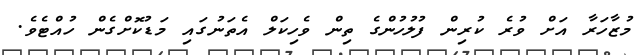
މުޒާހަރާ އަށް ވުރެ ކުރިން ފުލުހުންގެ ތިން ވެހިކަލް އެތަނުގައި މަޑުކޮށްގެން ހުއްޓެވެ.